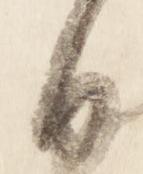
日